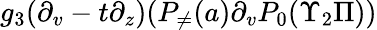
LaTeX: g_{3}(\partial_{v}-t\partial_{z})(P_{\neq}(a)\partial_{v}P_{0}(\Upsilon_{2}\Pi))